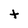
Character: t